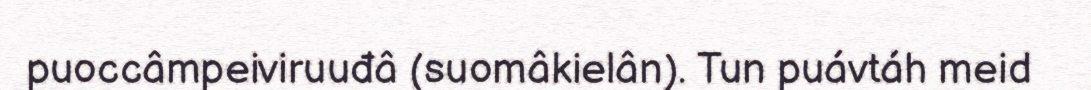
puoccâmpeiviruuđâ (suomâkielân). Tun puávtáh meid